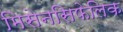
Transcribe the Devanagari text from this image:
मिसेनसिफेलिक